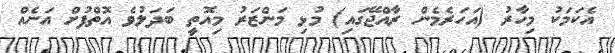
އެކަމަކު މިހާރު (އަހަރެމެން ރާއްޖޭގައި) މުޅި މަންޒަރު މިއޮތީ ބަދަލުވެ އޮތްފުށް އަނެއް